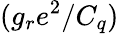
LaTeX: (g_{r}e^{2}/C_{q})